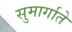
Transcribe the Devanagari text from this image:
सुमार्गाते